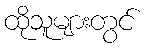
ထိုသူများတွင်